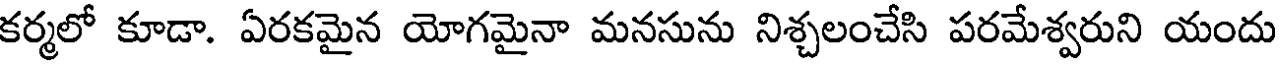
కర్మలో కూడా. ఏరకమైన యోగమైనా మనసును నిశ్చలంచేసి పరమేశ్వరుని యందు